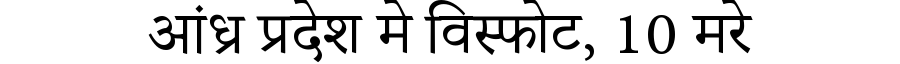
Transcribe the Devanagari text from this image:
आंध्र प्रदेश मे विस्फोट, 10 मरे